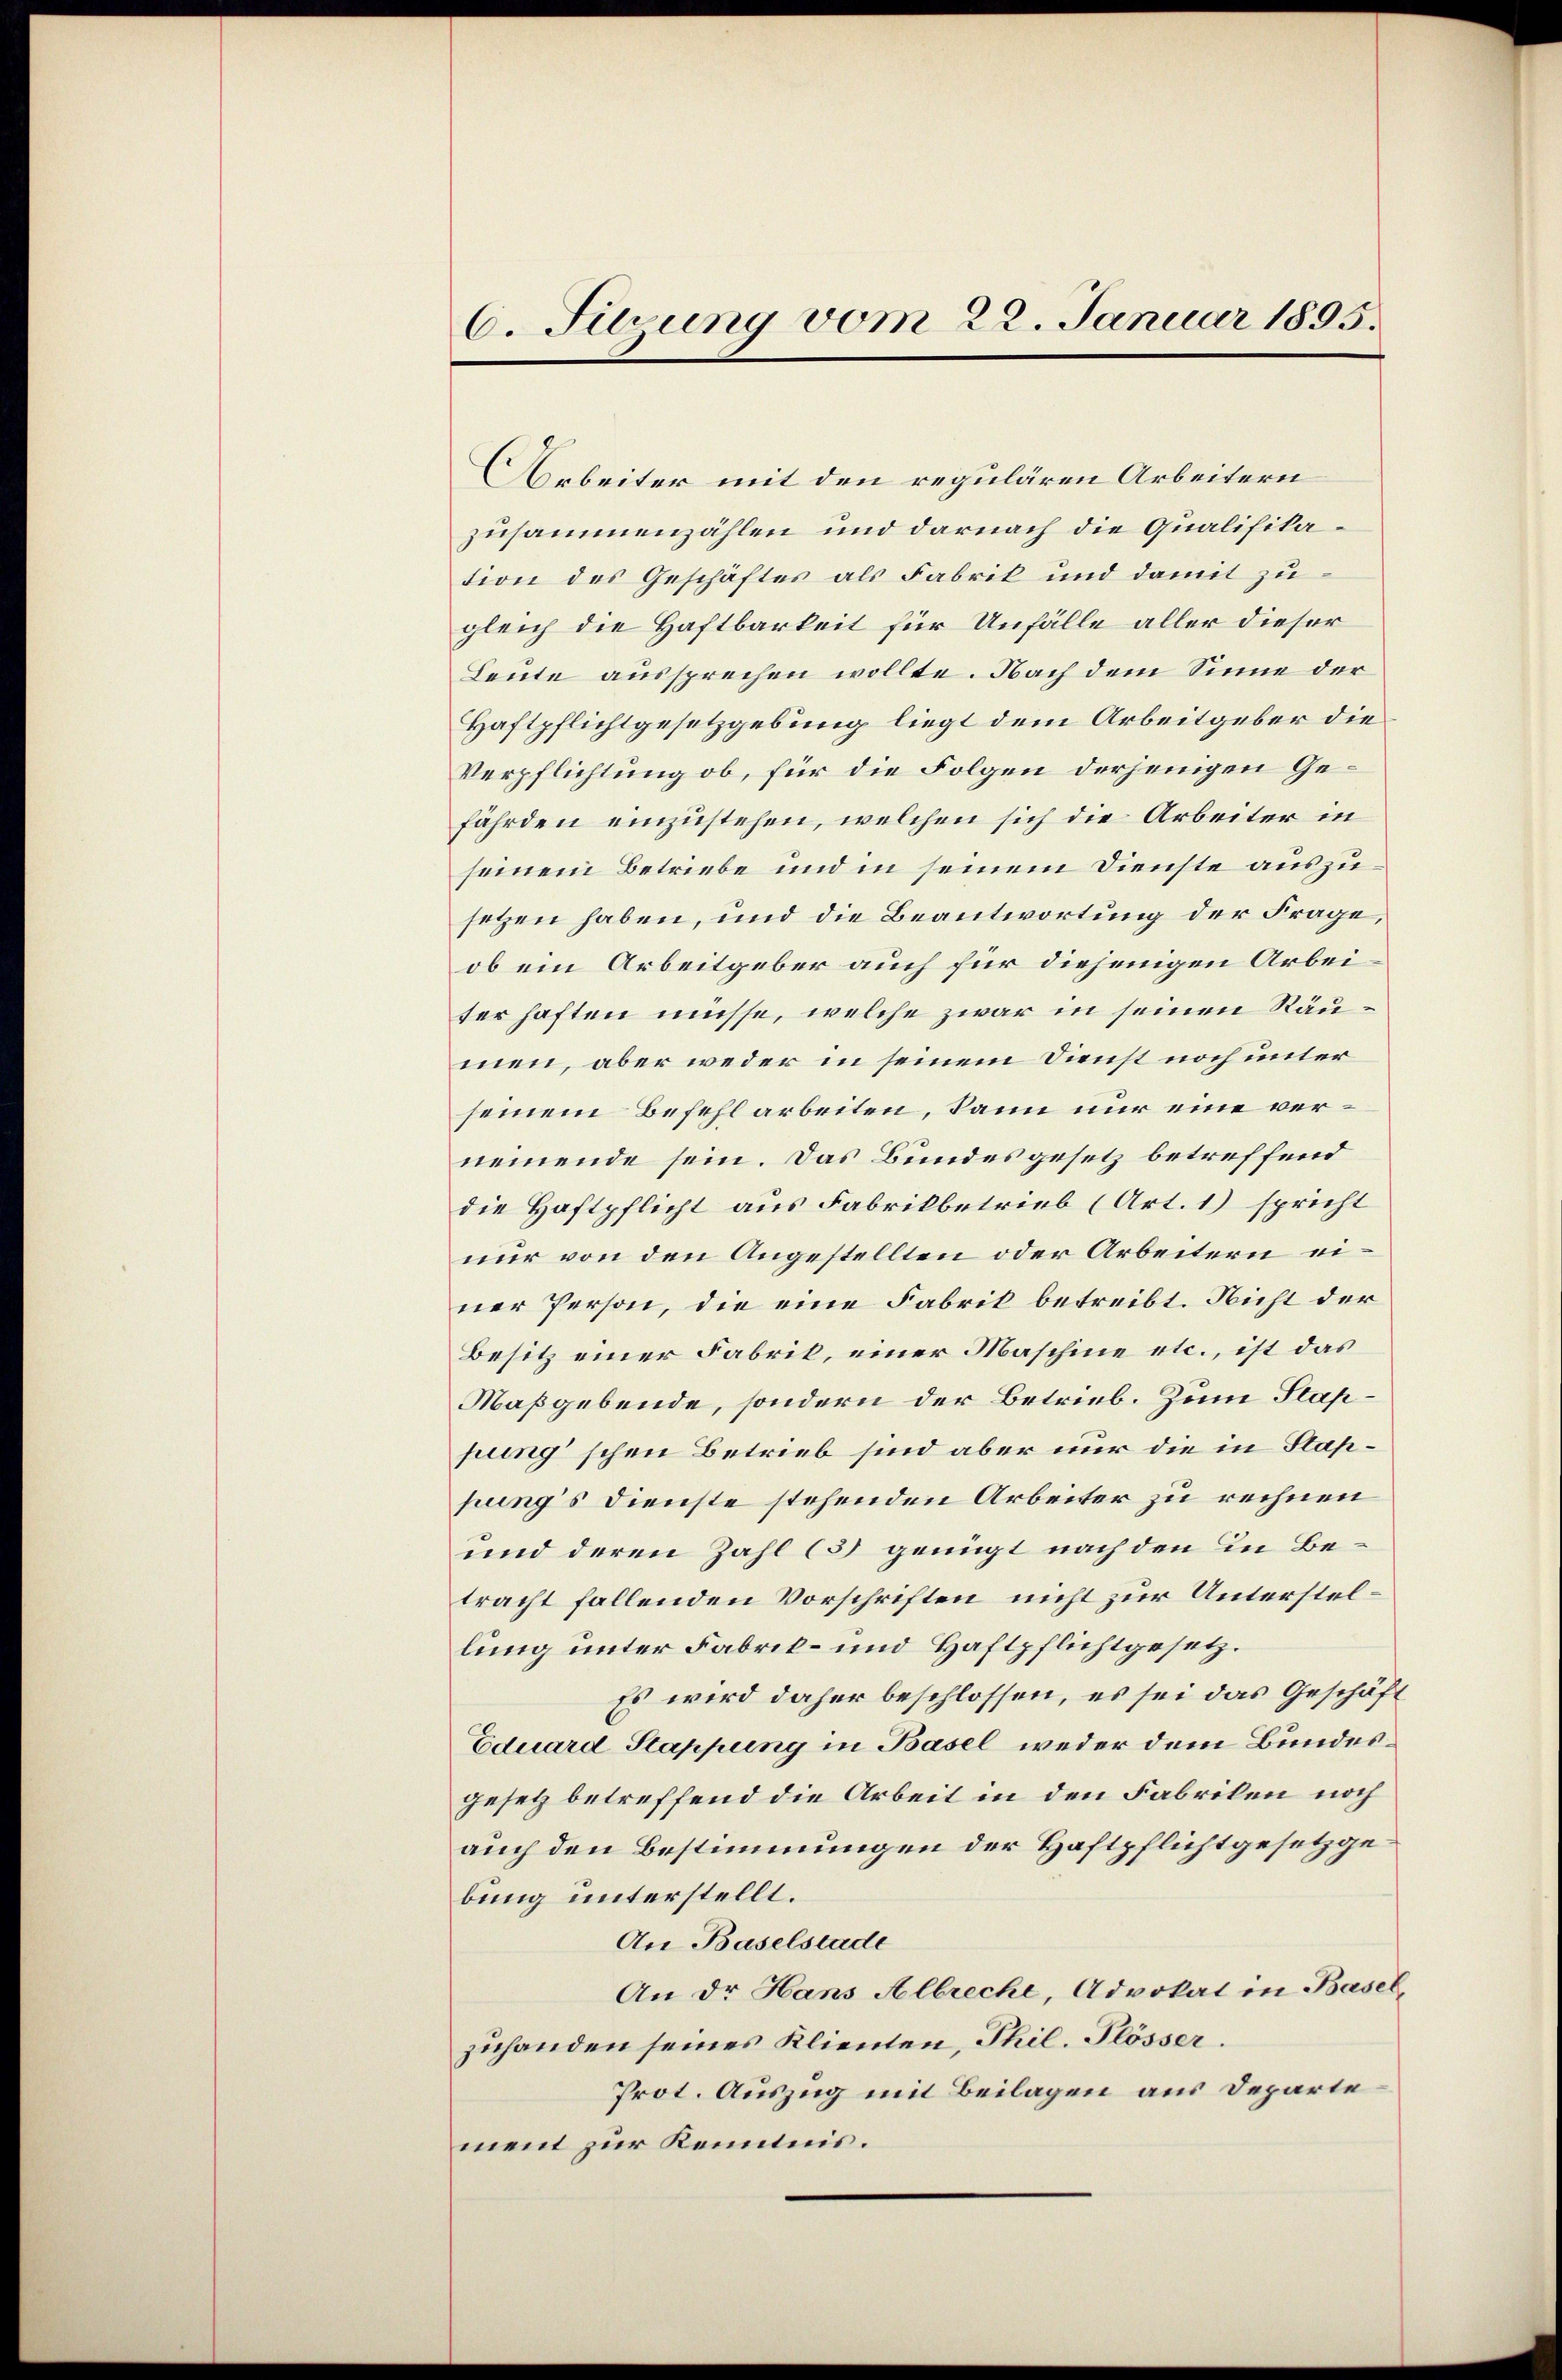
C. Sirung vom 22. Januar 1895.

Arbeiter mit den regulären Arbeitern
zusammenzählen und darnach die Qualifikation des Geschäftes als Fabrik und damit zugleich die Haftbarkeit für Unfälle aller dieser
Leute aussprechen wollte. Nach dem Sinne der
Haftpflichtgesetzgebung liegt dem Arbeitgeber die
Verpflichtung ob, für die Folgen derjenigen Gefährden einzustehen, welchen sich die Arbeiter in
seinem Betriebe und in seinem Dienste auszusetzen haben, und die Beantwortung der Frage,
ob ein Arbeitgeber auch für diejenigen Arbeiter haften müsse, welche zwar in seinen Räumen, aber weder in seinem Dienst noch unter
seinem Befehl arbeiten, kann nur eine vernemende sein. Das Bundesgesetz betreffend
die Haftpflicht aus Fabrikbetrieb (Art. 1) spricht
nur von den Angestellten oder Arbeitern einer Person, die eine Fabrik betreibt. Nicht der
Besitz einer Fabrik, einer Maschine etc., ist das
Maßgebende, sondern der Betrieb. Zum Stappung schen Betrieb sind aber nur die in Stappung’s Dienste stehenden Arbeiter zu rechnen
und deren Zahl (3) genügt nach den in Betracht fallenden Vorschriften nicht zur Unterstellung unter Fabrik- und Haftpflichtgesetz¬
Es wird daher beschlossen, es sei das Geschäft
Eduard Stappung in Basel weder dem Bundesgesetz betreffend die Arbeit in den Fabriken noch
auch den Bestimmungen der Haftpflichtgesetzgebung unterstellt.
An Baselstade
An dr Hans Albreche, Advokat in Basel,
zuhanden seines Klienten, Thil. Plösser.
Prot. Auszug mit Beilagen aus Departe
ment zur Kenntnis.